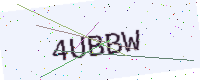
Text: 4UBBW